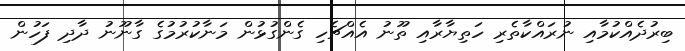
ބިރުދެއްކުމާއި ނުރައްކާތެރި ހަތިޔާރާއި ތޫނު އެއްޗެހި ގެންގުޅުން މަނާކުރުމުގެ ގާނޫނު ދާދި ފަހުން